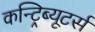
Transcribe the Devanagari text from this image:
कन्ट्रिब्यूटर्स